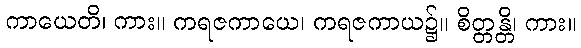
ကာယေတိ၊ ကား။ ကရဇကာယေ၊ ကရဇကာယ၌။ စိတ္တန္တိ၊ ကား။